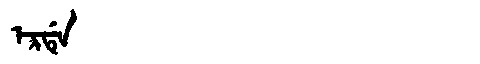
Manchu: ᡝᡵᡩᡝ
Romanization: ERDE